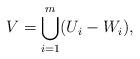
LaTeX: \begin{align*} V = \bigcup_{i = 1}^m (U_{i} - W_{i}), \end{align*}